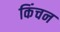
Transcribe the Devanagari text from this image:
किंचन